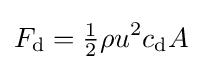
F_{\rm {d}}={\tfrac {1}{2}}\rho u^{2}c_{\rm {d}}A